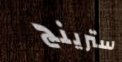
سترينج